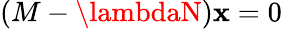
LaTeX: (M-\lambdaN)\mathbf{x}=0